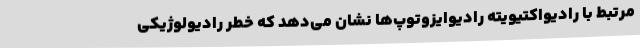
مرتبط با رادیواکتیویته رادیوایزوتوپ‌ها نشان می‌دهد که خطر رادیولوژیکی